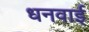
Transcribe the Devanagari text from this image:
धनवाई